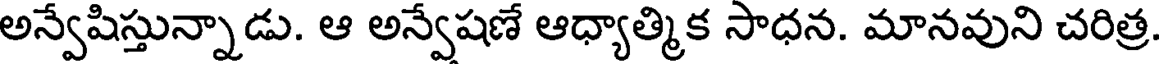
అన్వేషిస్తున్నాడు. ఆ అన్వేషణే ఆధ్యాత్మిక సాధన. మానవుని చరిత్ర.